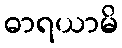
ဓာရယာမိ